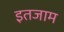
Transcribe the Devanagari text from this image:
इतजाम